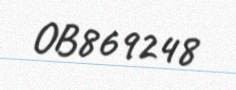
OB869248